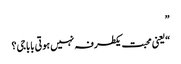
”
“یعنی محبت یکطرفہ نہیں ہوتی باباجی؟